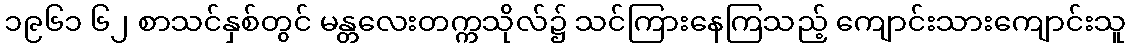
၁၉၆၁ ၆၂ စာသင်နှစ်တွင် မန္တလေးတက္ကသိုလ်၌ သင်ကြားနေကြသည့် ကျောင်းသားကျောင်းသူ